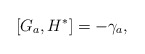
\begin{align*}\left[ G_a,H^{*}\right] =-\gamma _a,\end{align*}